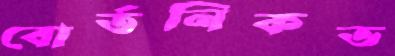
বোর্তনিকভ